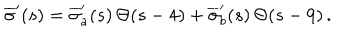
\overline { { { \sigma } } } ^ { \prime } ( s ) = \overline { { { \sigma } } } _ { a } ^ { \prime } ( s ) \, \Theta ( s - 4 ) + \overline { { { \sigma } } } _ { b } ^ { \prime } ( s ) \, \Theta ( s - 9 ) \, .